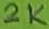
Text: 2K